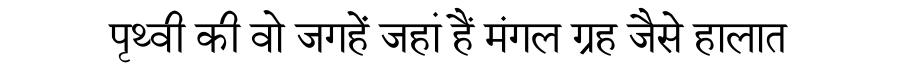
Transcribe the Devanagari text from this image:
पृथ्वी की वो जगहें जहां हैं मंगल ग्रह जैसे हालात